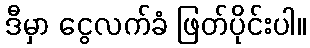
ဒီမှာ ငွေလက်ခံ ဖြတ်ပိုင်းပါ။